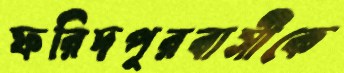
ফরিদপুরবাসীকে